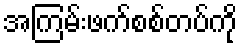
အကြမ်းဖက်စစ်တပ်ကို